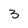
Character: 3